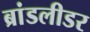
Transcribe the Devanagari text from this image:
ब्रांडलीडर